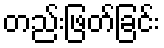
တည်းဖြတ်ခြင်း